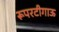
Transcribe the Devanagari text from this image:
रूपरटीगाऊ